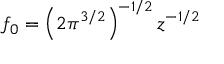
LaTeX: f _ { 0 } = \left( 2 { \pi } ^ { 3 / 2 } \right) ^ { - 1 / 2 } z ^ { - 1 / 2 }